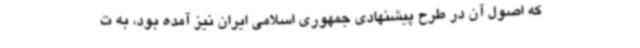
که اصول آن در طرح پیشنهادی جمهوری اسلامی ایران نیز آمده بود، به ت